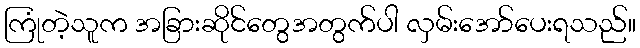
ကြုံတဲ့သူက အခြားဆိုင်တွေအတွက်ပါ လှမ်းအော်ပေးရသည်။